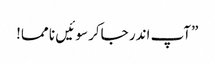
”آپ اندر جاکر سو ئیں نا مما!